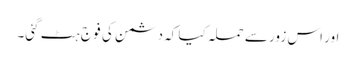
اور اس زور سے حملہ کیا کہ دشمن کی فو ج ہٹ گئی۔